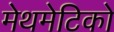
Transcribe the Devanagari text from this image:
मेथमेटिको